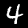
Digit: 4